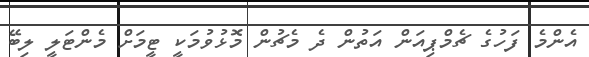
އެންމެ ފަހުގެ ޗެމްޕިއަން އަތުން ދެ މެޗުން މޮޅުވުމަކީ ޓީމަށް މެންޓަލީ ލިބޭ